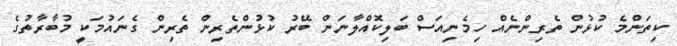
ކިތަންމެ ކުޅުން ތެރިންނެއް ހިމެނިއަސް ބަލިކޮއްލާނަން ބޭރު ކުޅުންތެރިން ތެރިން ގެނައުމަކީ މުބާރާތުގެ